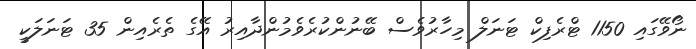
ނޯވޭގައި 1150 ޓްރެފިކް ޓަނަލް މިހާރުވެސް ބޭނުންކުރެވެމުންދާއިރު އޭގެ ތެރެއިން 35 ޓަނަލަކީ